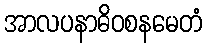
အာလပနာဓိဝစနမေတံ